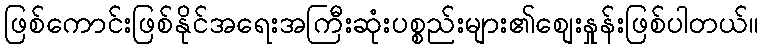
ဖြစ်ကောင်းဖြစ်နိုင်အရေးအကြီးဆုံးပစ္စည်းများ၏စျေးနှုန်းဖြစ်ပါတယ်။